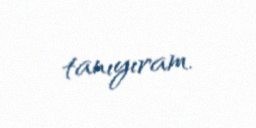
tanıyıram.